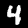
Digit: 4